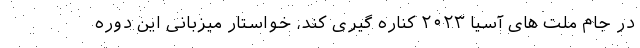
در جام ملت های آسیا ۲۰۲۳ کناره گیری کند، خواستار میزبانی این دوره